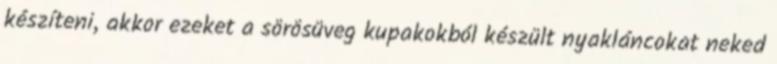
készíteni, akkor ezeket a sörösüveg kupakokból készült nyakláncokat neked